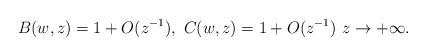
LaTeX: \begin{align*}B(w,z)=1+O(z^{-1}),\ C(w,z)=1+O(z^{-1})\ z\to+\infty.\end{align*}